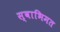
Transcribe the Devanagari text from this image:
स्वाभिमत